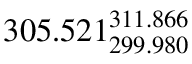
3 0 5 . 5 2 1 _ { 2 9 9 . 9 8 0 } ^ { 3 1 1 . 8 6 6 }